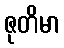
ဇုတိမာ